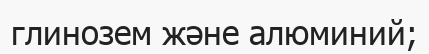
глинозем және алюминий;